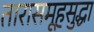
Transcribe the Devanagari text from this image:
तारासमूहसुद्धा